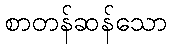
စာတန်ဆန်သော